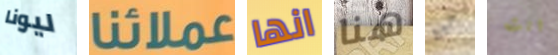
ليونا عملائنا انها هنا من انت